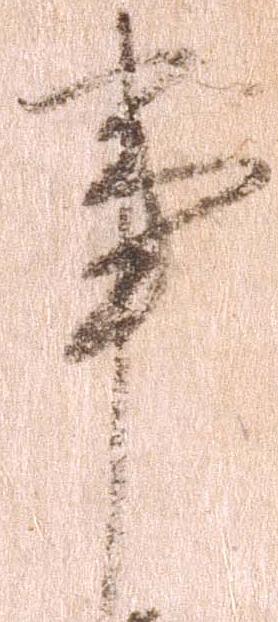
事